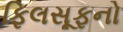
ફિલસૂફનો